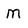
Character: M